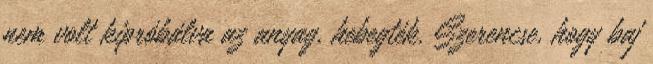
nem volt kipróbálva az anyag, hebegték. Szerencse, hogy baj